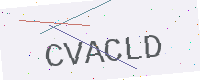
Text: CVACLD